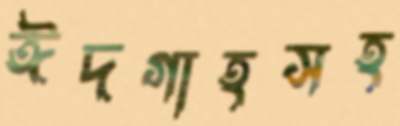
ঈদগাহসহ